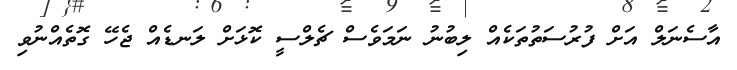
އާސެނަލް އަށް ފުރުސަތުތަކެއް ލިބުނު ނަމަވެސް ޗެލްސީ ކޮޅަށް ލަނޑެއް ޖެހޭ ގޮތެއްނުވި